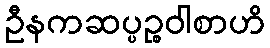
ဦနကဆပ္ပဉ္စဝါစာဟိ